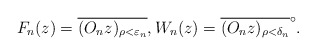
\begin{gather*} F_n(z) = \overline{(O_n z)_{\rho<\varepsilon_n}}, W_n(z) = \overline{(O_n z)_{\rho<\delta_n}}^\circ. \end{gather*}